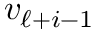
v _ { \ell + i - 1 }